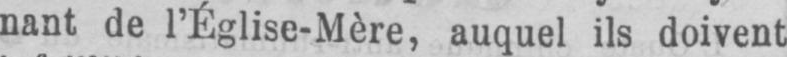
nant de l’Église-Mère, auquel ils doivent